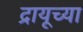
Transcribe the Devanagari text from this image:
द्रायूच्या